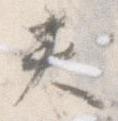
夾